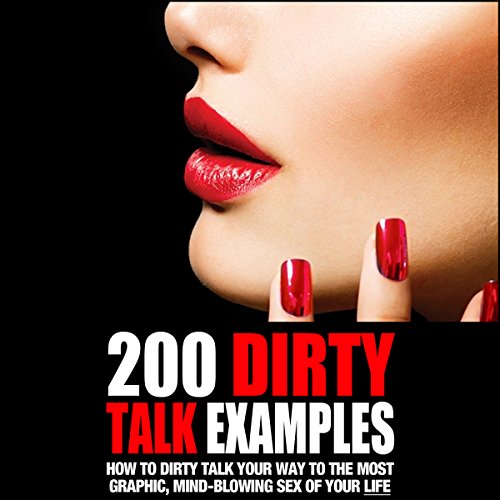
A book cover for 200 Dirty Talk Examples: How to Dirty Talk Your Way to the Most Graphic, Mind-Blowing Sex of Your Life; Philip King; Crafts, Hobbies & Home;